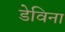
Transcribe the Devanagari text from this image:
डेविना